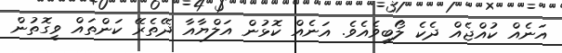
އަނެއް ކުއްޖެއް ދެކެ ލޯބިވެއެވެ. އަނެއް ކޮޅުން އަލްޔާއާ ދޭތެރޭ ކަންތައް ވީގޮތުން